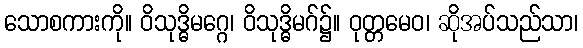
သောစကားကို။ ဝိသုဒ္ဓိမဂ္ဂေ၊ ဝိသုဒ္ဓိမဂ်၌။ ဝုတ္တမေဝ၊ ဆိုအပ်သည်သာ၊